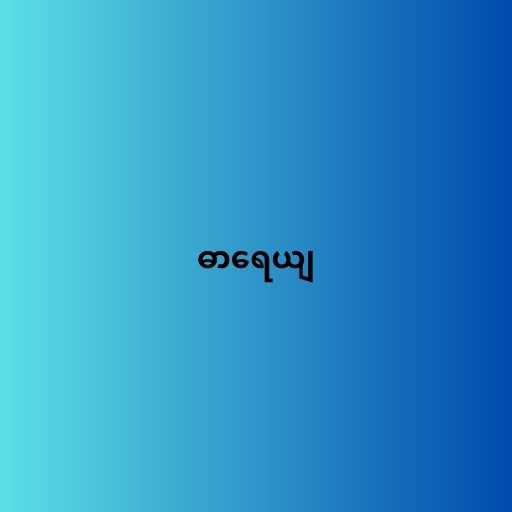
ဓာရေယျ